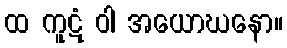
ထ ကူဋံ ဝါ အယောဃနော။